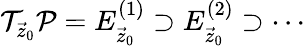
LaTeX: \mathcal{T}_{\vec{z}_{0}}\mathcal{P}=E_{\vec{z}_{0}}^{(1)}\supset E_{\vec{z}_{0}}^{(2)}\supset\cdots